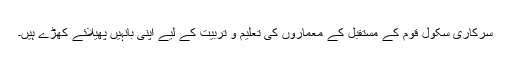
سرکاری سکول قوم کے مستقبل کے معماروں کی تعلیم و تربیت کے لیے اپنی بانہیں پھیلائے کھڑے ہیں۔